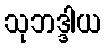
သုဘဒ္ဒါယ